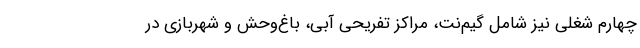
چهارم شغلی نیز شامل گیم‌نت، مراکز تفریحی آبی، باغ‌وحش و شهربازی در